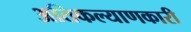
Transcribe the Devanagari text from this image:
अतिकल्याणकारी